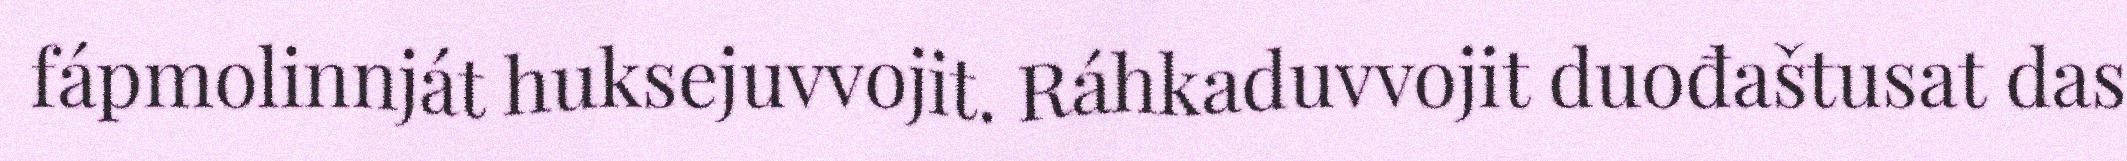
fápmolinnját huksejuvvojit. Ráhkaduvvojit duođaštusat das